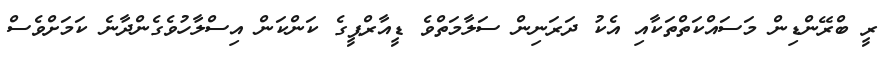
ރީ ބްރޭންޑިން މަސައްކަތްތަކާއި އެކު ދަރަނިން ސަލާމަތްވެ ޑީއާރްޕީގެ ކަންކަން އިސްލާހުވެގެންދާނެ ކަމަށްވެސް